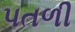
પતળી